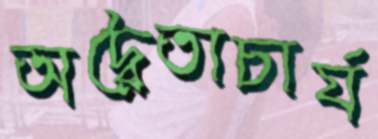
অদ্বৈতাচার্য